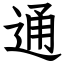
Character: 通